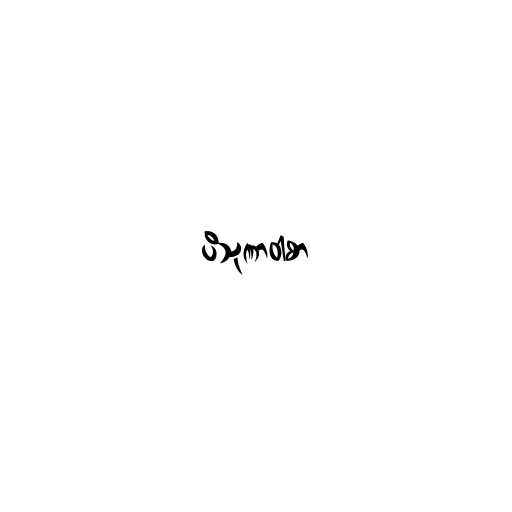
ပိသုဏာဝါစာ